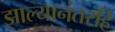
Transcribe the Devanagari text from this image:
झाल्यानंतरहि